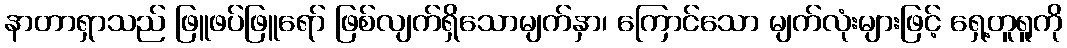
နာတာရှာသည် ဖြူဖပ်ဖြူရော် ဖြစ်လျက်ရှိသောမျက်နှာ၊ ကြောင်သော မျက်လုံးများဖြင့် ရှေ့တူရူကို